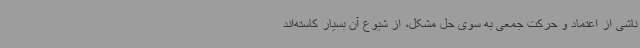
ناشی از اعتماد و حرکت جمعی به سوی حل مشکل، از شیوع آن بسیار کاسته‌اند